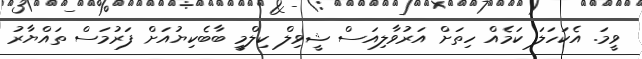
ވީމަ. އެކަހަލަ ކަމެއް ހިތަށް އަރުވާލިއަސް ޝީވިލް ކިލްމީ ބާބެކިޔުއަށް ފަރުމަސް ތައްޔާރު